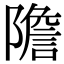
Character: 𨼮